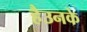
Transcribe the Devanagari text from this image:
हैउनके